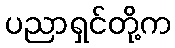
ပညာရှင်တို့က